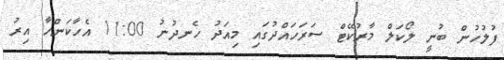
ފުލުހުން ބުނީ ލޯކަލް މާރުކޭޓް ސަރަހައްދުގައި މިއަދު ހެނދުނު 11:00 އެހާކަންހާ އިރު